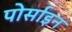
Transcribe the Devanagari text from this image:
पोर्साइन